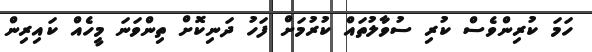
ހަމަ ކުރިންވެސް ކުރި ސުވާލުތައް ކުރުމަށް ފަހު ދަނިކޮށް ތިންވަނަ މީހެއް ކައިރިން